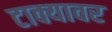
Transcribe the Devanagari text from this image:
टाक्यावर